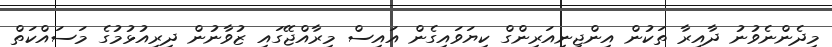
މިދެންނެވުނު ދާއިރާ ތަކުން އިންޖިނިއަރިންގް ކިޔަވައިގެން އައިސް މިރާއްޖޭގައި ޒުވާނުން ދިރިއުޅުމުގެ މަސައްކަތް